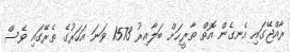
ރާއްޖޭގައި އެނގެން އޮތް ތާރީހަށް ބަލާއިރު 1573 ވަނަ އަހަރުގެ ތެރޭގައި ވެސް